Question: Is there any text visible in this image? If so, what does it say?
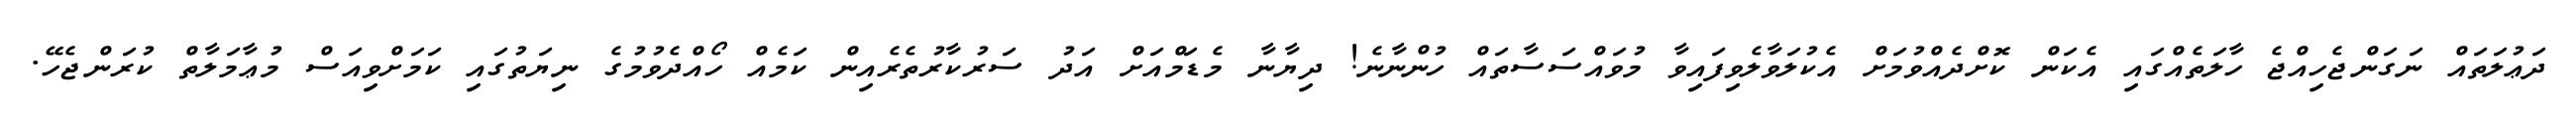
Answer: ދަޢުލަތައް ނަގަންޖެހިއްޖެ ހާލަތެއްގައި އެކަން ކޮށްދެއްވުމަށް އެކުލަވާލެވިފައިވާ މުވައްސަސާތައް ހުންނާނެ! ދިޔާނާ މެޑަމްއަށް އަދު ސަރުކާރުތެރެއިން ކަމެއް ހޯއްދެވުމުގެ ނިޔަތުގައި ކަމަށްވިއަސް މުޢާމަލާތް ކުރަންޖެހޭ.